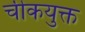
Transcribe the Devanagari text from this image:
चीकयुक्त